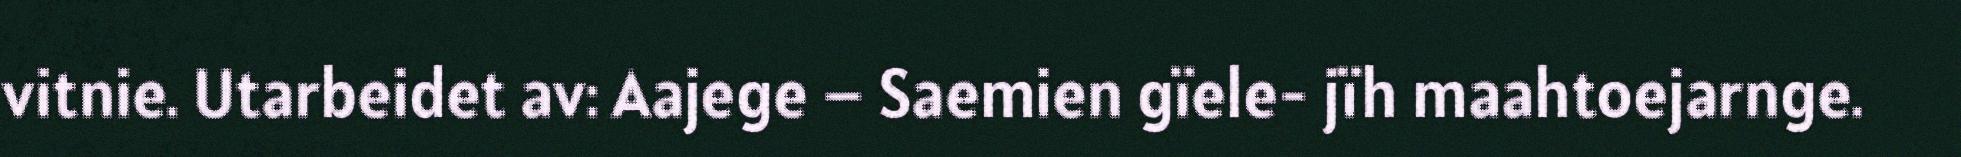
vitnie. Utarbeidet av: Aajege – Saemien gïele- jïh maahtoejarnge.